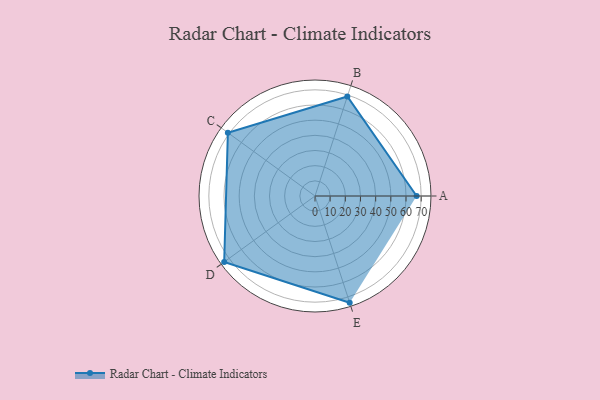
{"axis": {"x": "Skill", "y": "Score"}, "legend": ["Profile"], "data": [{"x": "A", "y": 67.0, "type": "Profile"}, {"x": "B", "y": 69.0, "type": "Profile"}, {"x": "C", "y": 71.0, "type": "Profile"}, {"x": "D", "y": 74.0, "type": "Profile"}, {"x": "E", "y": 74.0, "type": "Profile"}]}